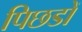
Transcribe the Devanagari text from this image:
पिछडों